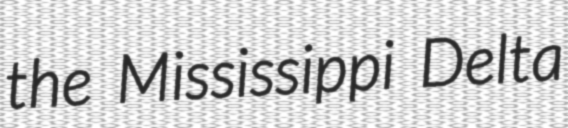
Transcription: the Mississippi Delta